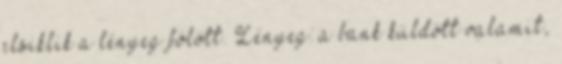
elsiklik a lényeg fölött. Lényeg: a bank küldött valamit,